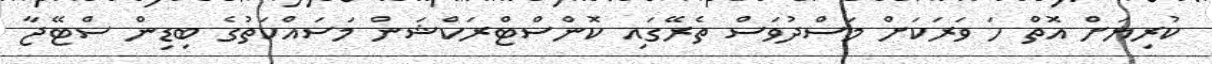
ކުރިޔަށް އޮތް ހަ ވަރަކަށް މަސްދުވަސް ތެރޭގައި ކޮންސްޓްރަކްޝަން މަސައްކަތުގެ ބިޑިން ސްޓޭޖާ